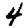
Digit: 4